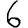
Digit: 6